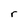
Character: r